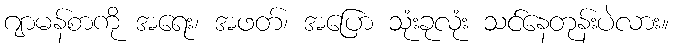
ဂျာမန်စာကို အရေး၊ အဖတ်၊ အပြော သုံးခုလုံး သင်နေတုန်းပဲလား။